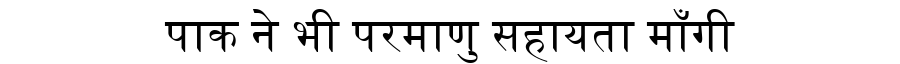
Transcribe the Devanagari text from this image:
पाक ने भी परमाणु सहायता माँगी